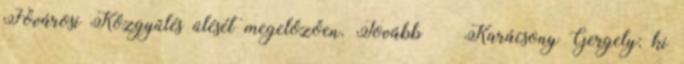
Fővárosi Közgyűlés ülését megelőzően. Tovább › ›Karácsony Gergely: ki